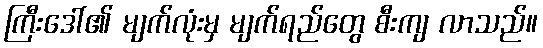
ကြီးဒေါ်၏ မျက်လုံးမှ မျက်ရည်တွေ စီးကျ လာသည်။